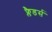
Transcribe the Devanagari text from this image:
फ्लैडर्स